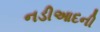
નડીઆદની